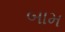
બામ